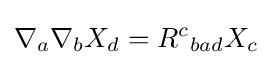
\nabla _{a}\nabla _{b}X_{d}=R^{c}{}_{bad}X_{c}